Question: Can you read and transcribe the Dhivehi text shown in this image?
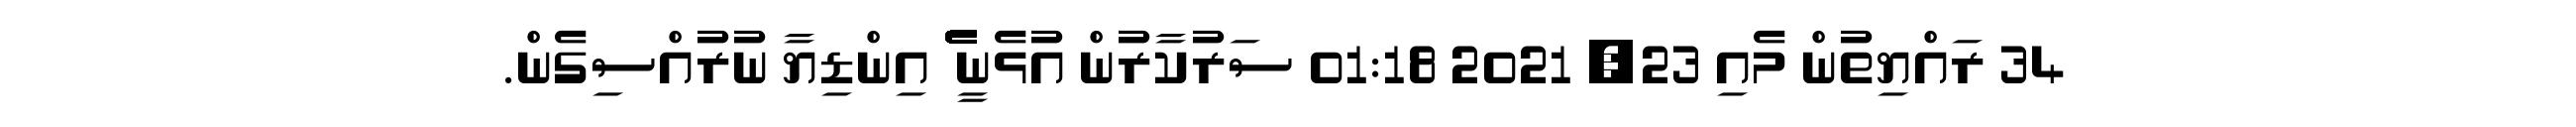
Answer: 34 ރައްޔިތުން މެއި 23, 2021 01:18 ސަރުކާރުން އުޅެނީ ެެެެެެެެެެެެެެެެެެެެެެެެެެެެެެެެެެެެެެެެެެެެެެެެެެެެެެެެެެެެެެެ އިންޑިޔާ ނުރުއްސިގެން.